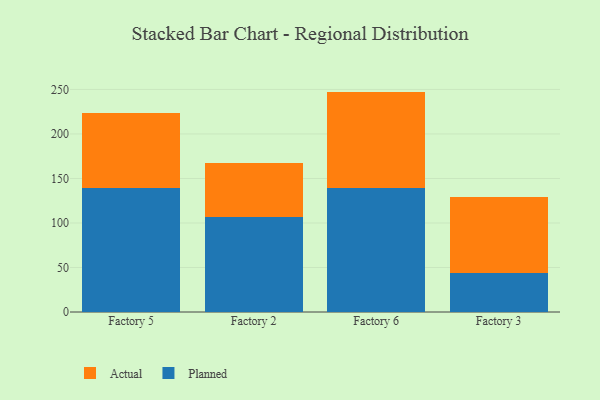
{"axis": {"x": "Factory", "y": "Demand Index"}, "legend": ["Actual", "Planned"], "data": [{"x": "Factory 5", "y": 139.3, "type": "Planned"}, {"x": "Factory 5", "y": 84.3, "type": "Actual"}, {"x": "Factory 2", "y": 106.3, "type": "Planned"}, {"x": "Factory 2", "y": 61.4, "type": "Actual"}, {"x": "Factory 6", "y": 138.8, "type": "Planned"}, {"x": "Factory 6", "y": 108.8, "type": "Actual"}, {"x": "Factory 3", "y": 43.8, "type": "Planned"}, {"x": "Factory 3", "y": 85.5, "type": "Actual"}]}